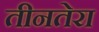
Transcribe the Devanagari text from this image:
तीनतेरा